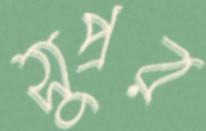
সুপ্রর